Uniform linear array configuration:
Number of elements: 32
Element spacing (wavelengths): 1
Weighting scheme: hann
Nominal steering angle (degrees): -45
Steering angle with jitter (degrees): -46.598
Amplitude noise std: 0.05
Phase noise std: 0.05

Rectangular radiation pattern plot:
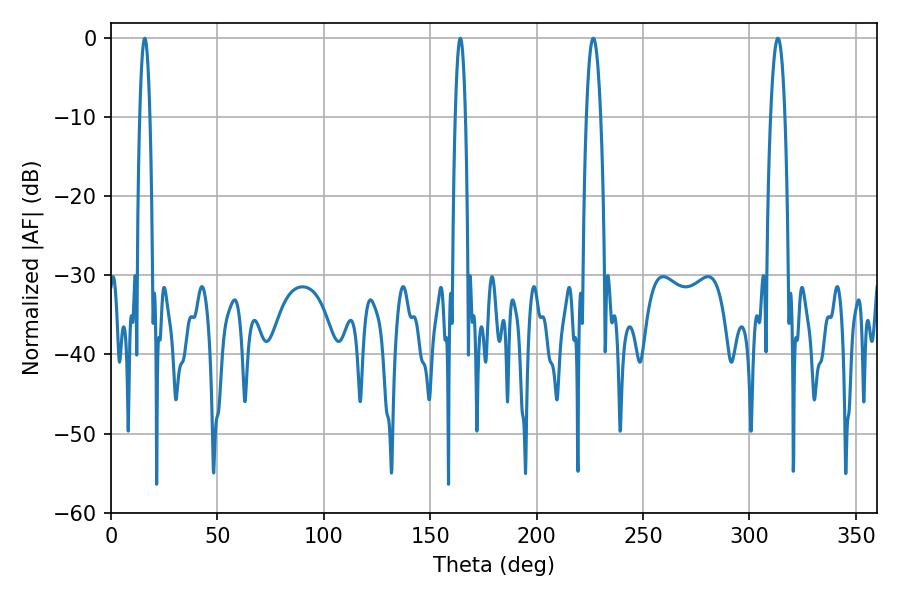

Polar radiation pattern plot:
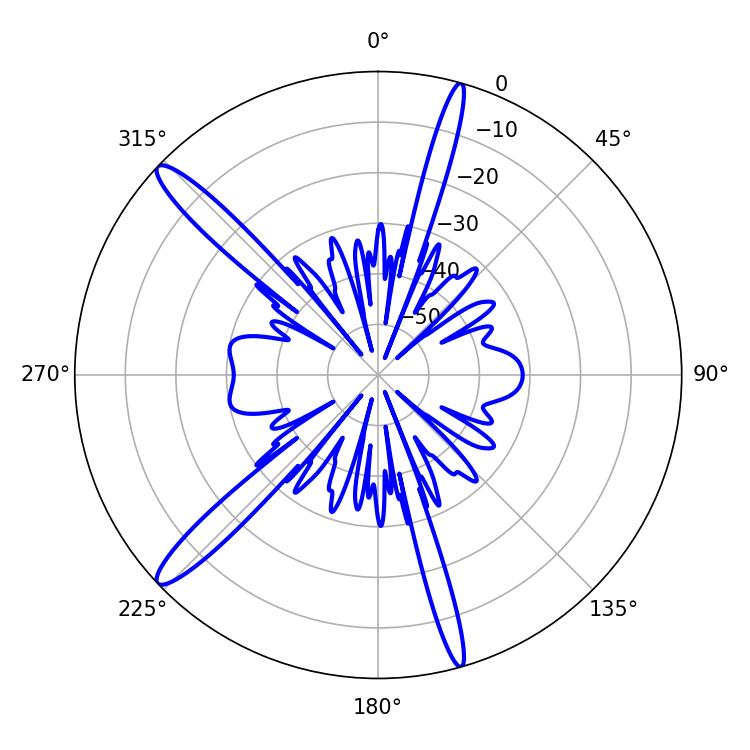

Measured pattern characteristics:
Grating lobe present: TRUE
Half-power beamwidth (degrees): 3.6
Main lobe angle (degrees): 226.62